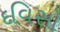
દવિસો